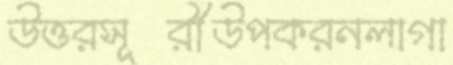
উত্তরসূরীউপকরনলাগা